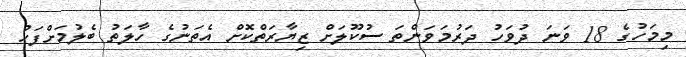
މިމަހުގެ 18 ވަނަ ދުވަހު ދަރުމަވަންތަ ސުކޫލަށް ޒިޔާރަތްކޮށް އެތަނުގެ ހާލަތު ބެލުމަށްފަހު